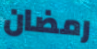
رمضان